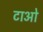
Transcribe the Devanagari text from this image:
टाओ